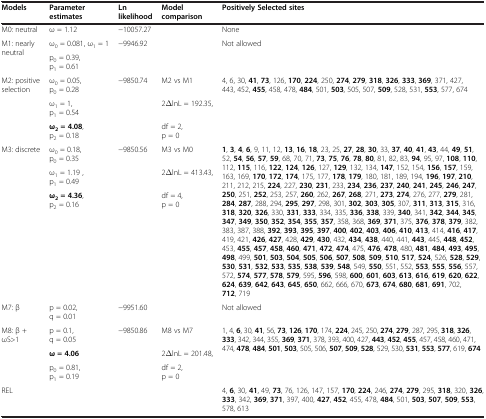
<table><thead><tr><td><b>Models</b></td><td><b>Parameter estimates</b></td><td><b>Ln likelihood</b></td><td><b>Model comparison</b></td><td><b>Positively Selected sites</b></td></tr></thead><tbody><tr><td>M0: neutral</td><td>ω = 1.12</td><td>−10057.27</td><td> </td><td>None</td></tr><tr><td rowspan="2">M1: nearly neutral</td><td>ω<sub>0</sub> = 0.081, ω<sub>1</sub> = 1</td><td rowspan="2">−9946.92</td><td rowspan="2"> </td><td rowspan="2">Not allowed</td></tr><tr><td>p<sub>0</sub> = 0.39, p<sub>1</sub> = 0.61</td></tr><tr><td rowspan="3">M2: positive selection</td><td>ω<sub>0</sub> = 0.05, p<sub>0</sub> = 0.28</td><td rowspan="3">−9850.74</td><td>M2 vs M1</td><td rowspan="3">4, 6, 30, <b>41</b>, <b>73</b>, 126, <b>170</b>, <b>224</b>, 250, <b>274</b>, <b>279</b>, <b>318</b>, <b>326</b>, <b>333</b>, <b>369</b>, 371, 427, 443, 452, <b>455</b>, 458, 478, <b>484</b>, 501, <b>503</b>, 505, 507, <b>509</b>, 528, 531, <b>553</b>, 577, 674</td></tr><tr><td>ω<sub>1</sub> = 1, p<sub>1</sub> = 0.54</td><td>2ΔlnL = 192.35,</td></tr><tr><td><b>ω</b><sub><b>2</b></sub><b>= 4.08</b>, p<sub>2</sub> = 0.18</td><td>df = 2, p = 0</td></tr><tr><td rowspan="3">M3: discrete</td><td>ω<sub>0</sub> = 0.18, p<sub>0</sub> = 0.35</td><td rowspan="3">−9850.56</td><td>M3 vs M0</td><td rowspan="3"><b>1</b>, <b>3</b>, <b>4</b>, <b>6</b>, 9, 11, 12, <b>13</b>, <b>16</b>, <b>18</b>, 23, 25, <b>27</b>, <b>28</b>, <b>30</b>, 33, <b>37</b>, <b>40</b>, <b>41</b>, <b>43</b>, 44, <b>49</b>, <b>51</b>, 52, <b>54</b>, <b>56</b>, <b>57</b>, <b>59</b>, 68, 70, 71, <b>73</b>, <b>75</b>, <b>76</b>, <b>78</b>, <b>80</b>, 81, 82, 83, <b>94</b>, 95, 97, <b>108</b>, <b>110</b>, 112, <b>115</b>, 116, <b>122</b>, <b>124</b>, <b>126</b>, 127, <b>129</b>, 132, 134, <b>147</b>, 152, 154, <b>156</b>, <b>157</b>, 159, 163, 169, <b>170</b>, <b>172</b>, <b>174</b>, 175, 177, <b>178</b>, <b>179</b>, 180, 181, 189, 194, <b>196</b>, <b>197</b>, <b>210</b>, 211, 212, 215, <b>224</b>, 227, <b>230</b>, <b>231</b>, 233, <b>234</b>, <b>236</b>, <b>237</b>, <b>240</b>, <b>241</b>, <b>245</b>, <b>246</b>, <b>247</b>, <b>250</b>, 251, <b>252</b>, 253, 257, <b>260</b>, 262, <b>267</b>, <b>268</b>, 271, <b>273</b>, <b>274</b>, 276, 277, <b>279</b>, 281, <b>284</b>, <b>287</b>, 288, 294, <b>295</b>, <b>297</b>, 298, 301, <b>302</b>, <b>303</b>, <b>305</b>, 307, <b>311</b>, <b>313</b>, <b>315</b>, 316, <b>318</b>, <b>320</b>, <b>326</b>, 330, <b>331</b>, <b>333</b>, 334, 335, <b>336</b>, <b>338</b>, 339, <b>340</b>, 341, <b>342</b>, <b>344</b>, <b>345</b>, <b>347</b>, <b>349</b>, <b>350</b>, <b>352</b>, <b>354</b>, <b>355</b>, <b>357</b>, 358, 368, <b>369</b>, <b>371</b>, 375, <b>376</b>, <b>378</b>, <b>379</b>, 382, 383, 387, 388, <b>392</b>, <b>393</b>, <b>395</b>, <b>397</b>, <b>400</b>, <b>402</b>, <b>403</b>, <b>406</b>, <b>410</b>, <b>413</b>, 414, <b>416</b>, <b>417</b>, 419, 421, <b>426</b>, <b>427</b>, 428, <b>429</b>, <b>430</b>, 432, <b>434</b>, <b>438</b>, 440, 441, <b>443</b>, 445, <b>448</b>, <b>452</b>, 453, <b>455</b>, <b>457</b>, <b>458</b>, <b>460</b>, <b>471</b>, <b>472</b>, <b>474</b>, 475, <b>476</b>, <b>478</b>, 480, <b>481</b>, <b>484</b>, <b>493</b>, <b>495</b>, <b>498</b>, 499, <b>501</b>, <b>503</b>, <b>504</b>, <b>505</b>, <b>506</b>, <b>507</b>, <b>508</b>, <b>509</b>, <b>510</b>, <b>517</b>, <b>524</b>, 526, <b>528</b>, <b>529</b>, <b>530</b>, <b>531</b>, <b>532</b>, <b>533</b>, <b>535</b>, <b>538</b>, <b>539</b>, <b>548</b>, 549, <b>550</b>, 551, 552, <b>553</b>, <b>555</b>, <b>556</b>, 557, 572, <b>574</b>, <b>577</b>, <b>578</b>, <b>579</b>, 595, <b>596</b>, 598, <b>600</b>, <b>601</b>, <b>603</b>, <b>613</b>, <b>616</b>, <b>619</b>, <b>620</b>, <b>622</b>, <b>624</b>, <b>639</b>, <b>642</b>, <b>643</b>, <b>645</b>, <b>650</b>, 662, 666, 670, <b>673</b>, <b>674</b>, <b>680</b>, <b>681</b>, <b>691</b>, 702, <b>712</b>, 719</td></tr><tr><td>ω<sub>1</sub> = 1.19 , p<sub>1</sub> = 0.49</td><td>2ΔlnL = 413.43,</td></tr><tr><td><b>ω</b><sub><b>2</b></sub><b>= 4.36</b>, p<sub>2</sub> = 0.16</td><td>df = 4, p = 0</td></tr><tr><td>M7: β</td><td>p = 0.02, q = 0.01</td><td>−9951.60</td><td> </td><td>Not allowed</td></tr><tr><td rowspan="3">M8: β + ωS&gt;1</td><td>p = 0.1, q = 0.05</td><td rowspan="3">−9850.86</td><td>M8 vs M7</td><td rowspan="3">1, 4, <b>6</b>, 30, <b>41</b>, 56, <b>73</b>, <b>126</b>, <b>170</b>, 174, <b>224</b>, 245, 250, <b>274</b>, <b>279</b>, 287, 295, <b>318</b>, <b>326</b>, <b>333</b>, 342, 344, 355, <b>369</b>, <b>371</b>, 378, 393, 400, 427, <b>443</b>, <b>452</b>, <b>455</b>, 457, 458, 460, 471, 474, <b>478</b>, <b>484</b>, <b>501</b>, <b>503</b>, 505, 506, <b>507</b>, <b>509</b>, <b>528</b>, 529, 530, <b>531</b>, <b>553</b>, <b>577</b>, 619, <b>674</b></td></tr><tr><td><b>ω = 4.06</b></td><td>2ΔlnL = 201.48,</td></tr><tr><td>p<sub>0</sub> = 0.81, p<sub>1</sub> = 0.19</td><td>df = 2, p = 0</td></tr><tr><td>REL</td><td> </td><td> </td><td> </td><td>4, <b>6</b>, 30, <b>41</b>, 49, <b>73</b>, 76, 126, 147, 157, <b>170</b>, <b>224</b>, 246, <b>274</b>, <b>279</b>, 295, <b>318</b>, 320, <b>326</b>, <b>333</b>, 342, <b>369</b>, <b>371</b>, 397, 400, <b>427</b>, <b>452</b>, 455, 478, <b>484</b>, 501, <b>503</b>, <b>507</b>, <b>509</b>, <b>553</b>, 578, 613</td></tr></tbody></table>